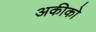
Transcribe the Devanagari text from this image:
अकीको